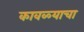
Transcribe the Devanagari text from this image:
कावळ्याचा